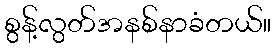
စွန့်လွတ်အနစ်နာခံတယ်။